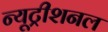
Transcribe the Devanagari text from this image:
न्यूट्रीशनल